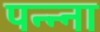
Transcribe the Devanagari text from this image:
पन्‍न्‍ना